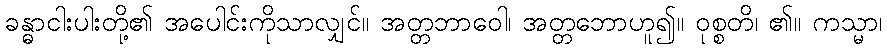
ခန္ဓာငါးပါးတို့၏ အပေါင်းကိုသာလျှင်။ အတ္တဘာဝေါ၊ အတ္တဘောဟူ၍။ ဝုစ္စတိ၊ ၏။ ကသ္မာ၊